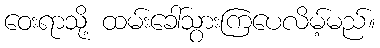
ဝေးရာသို့ ထမ်းခေါ်သွားကြပေလိမ့်မည်။